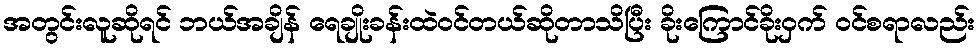
အတွင်းလူဆိုရင် ဘယ်အချိန် ရေချိုးခန်းထဲဝင်တယ်ဆိုတာသိပြီး ခိုးကြောင်ခိုးဝှက် ဝင်စရာလည်း